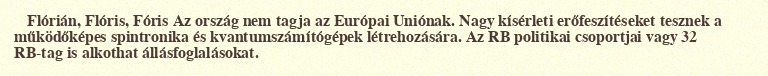
Flórián, Flóris, Fóris Az ország nem tagja az Európai Uniónak. Nagy kísérleti erőfeszítéseket tesznek a működőképes spintronika és kvantumszámítógépek létrehozására. Az RB politikai csoportjai vagy 32 RB-tag is alkothat állásfoglalásokat.